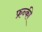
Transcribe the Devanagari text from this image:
फ्रन्की